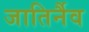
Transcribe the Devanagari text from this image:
जातिर्नैव